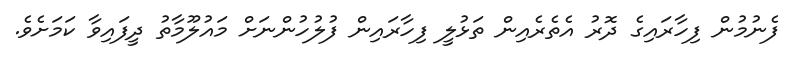
ފެނުމުން ފިހާރައިގެ ދޮރު އެތެރެއިން ތަޅުލީ ފިހާރައިން ފުލުހުންނަށް މައުލޫމާތު ދީފައިވާ ކަމަށެވެ.